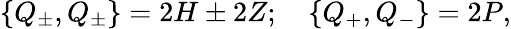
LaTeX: \left\{ Q_{\pm},Q_{\pm}\right\} =2H\pm 2Z;\quad\left\{ Q_{+},Q_{-}\right\} =2P,